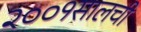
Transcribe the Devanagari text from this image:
२००१सालची